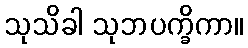
သုသိခါ သုဘပက္ခိကာ။